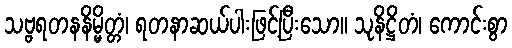
သဗ္ဗရတနနိမ္မိတ္တံ၊ ရတနာဆယ်ပါးဖြင့်ပြီးသော။ သုနိဋ္ဌိတံ၊ ကောင်းစွာ